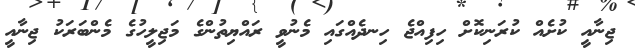
ޖިނާއީ ކުށެއް ކުރަނިކޮށް ހިފިއްޖެ ހިނދެއްގައި މެނުވީ ރައްޔިތުންގެ މަޖިލީހުގެ މެންބަރަކު ޖިނާއީ